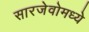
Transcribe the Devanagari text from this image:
सारजेवोमध्ये